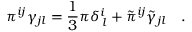
\pi ^ { i j } \gamma _ { j l } = \frac { 1 } { 3 } \pi \delta _ { \, l } ^ { i } + \tilde { \pi } ^ { i j } \tilde { \gamma } _ { j l } ~ ~ ~ .